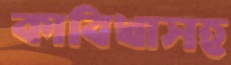
কাবিখাসহ